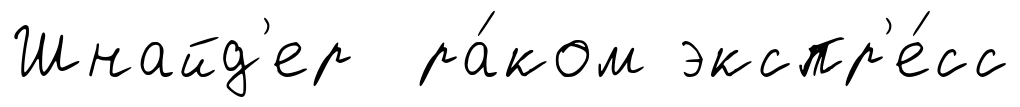
Шнайд'ер ра́ком экспр'е́сс